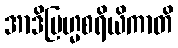
အာဒိဗြဟ္မစရိယိကာတိ